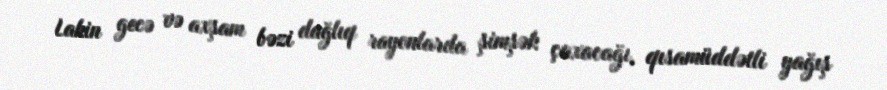
Lakin gecə və axşam bəzi dağlıq rayonlarda şimşək çaxacağı, qısamüddətli yağış